Annual statistical returns and brief notes on vaccination in Bengal - 1887-1898
Year: 1887
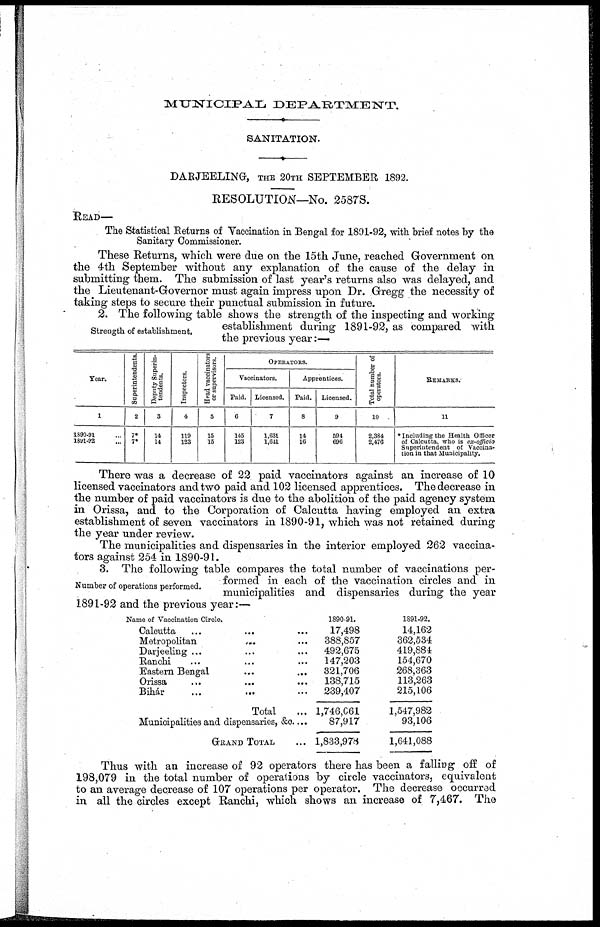
MUNICIPAL
DEPARTMENT.
SANITATION.
DARJEELING, THE 20TH SEPTEMBER 1892.
RESOLUTION—NO. 2587S.
READ—
The Statistical Returns of Vaccination in Bengal for 1891-92, with brief notes by the
Sanitary Commissioner.
These Returns, which were due on the 15th June, reached Government on
the 4th September without any explanation of the cause of the delay in
submitting them. The submission of last year's returns also was delayed, and
the Lieutenant-Governor must again impress upon Dr. Gregg the necessity of
taking steps to secure their punctual submission in future.
Strength of establishment.
2. The following table shows the strength of the inspecting and working
establishment during 1891-92, as compared with
the previous year:—
Year.
1
1890-91 ...
1891-92 ...
Superintendents.
2
7*
7*
Deputy Superin-
tendents.
3
14
14
Inspectors.
4
119
123
Head vaccinators
or supervisors.
5
15
15
OPERATORS.
Vaccinators.
Paid.
6
145
123
Licensed.
7
1,631
1,641
Apprentices.
Paid.
8
14
16
Licensed.
9
594
696
Total number of
operators.
10
2,384
2,476
REMARKS.
11
* Including the Health Officer
of Calcutta, who is ex-officio
Superintendent of Vaccina-
tion in that Municipality.
There was a decrease of 22 paid vaccinators against an increase of 10
licensed vaccinators and two paid and 102 licensed apprentices. The decrease in
the number of paid vaccinators is due to the abolition of the paid agency system
in Orissa, and to the Corporation of Calcutta having employed an extra
establishment of seven vaccinators in 1890-91, which was not retained during
the year under review.
The municipalities and dispensaries in the interior employed 262 vaccina-
tors against 254 in 1890-91.
Number of operations performed.
3. The following table compares the total number of vaccinations per-
formed in each of the vaccination circles and in
municipalities and dispensaries during the year
1891-92 and the previous year:—
Name of Vaccination Circle.
Calcutta
...
...
...
Metropolitan ... ... ...
Darjeeling ... ... ...
Ranchi ... ... ...
Eastern Bengal
...
... ...
Orissa ... ... ...
Bihar
...
... ...
Total ...
Municipalities and dispensaries, &c....
GRAND TOTAL ...
1890-91.
17,498
388,857
492,675
147,203
321,706
138,715
239,407
1,746,061
87,917
1,833,978
1891-92.
14,162
362,534
419,884
154,670
268,363
113,263
215,106
1,547,982
93,106
1,641,088
Thus with an increase of 92 operators there has been a falling off of
198,079 in the total number of operations by circle vaccinators, equivalent
to an average decrease of 107 operations per operator. The decrease occurred
in all the circles except Ranchi, which shows an increase of 7,467. The